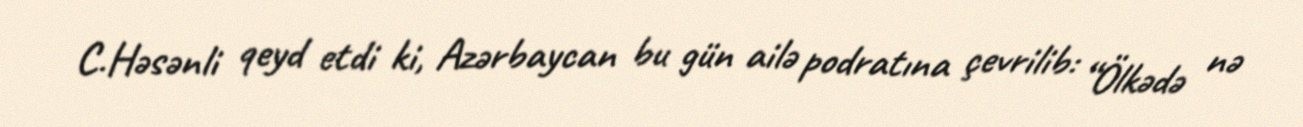
C.Həsənli qeyd etdi ki, Azərbaycan bu gün ailə podratına çevrilib: “Ölkədə nə